Education (Scotland) Act, 1942
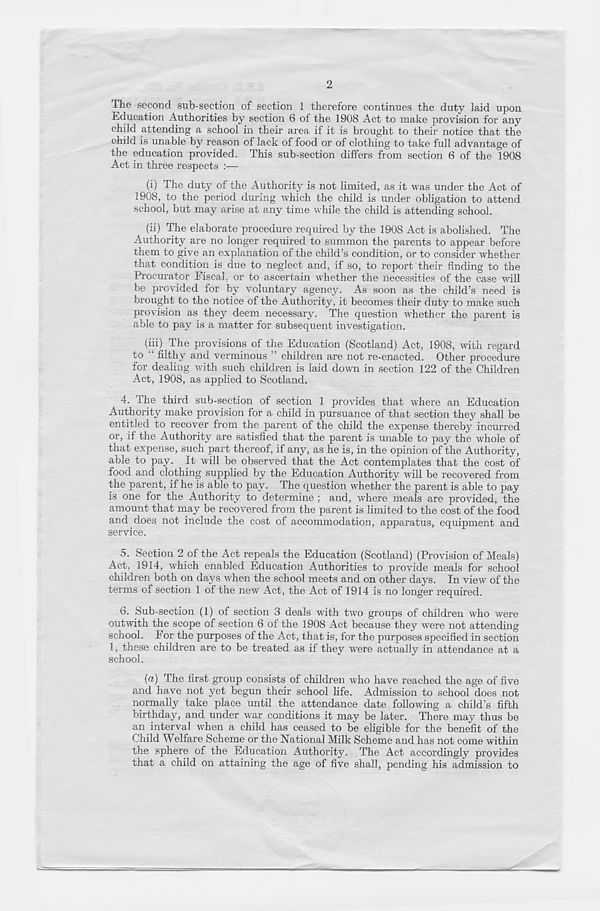
2
The second sub-section of section 1 therefore continues the duty laid upon
Education Authorities by section 6 of the 1908 Act to make provision for any
child attending a school in their area if it is brought to their notice that the
child is unable by reason of lack of food or of clothing to take full advantage of
the education provided. This sub-section differs from section 6 of the 1908
Act in three respects :—
(i) The duty of the Authority is not limited, as it was under the Act of
1908, to the period during which the child is under obligation to attend
school, but may arise at any time while the child is attending school.
(ii) The elaborate procedure required by the 1908 Act is abolished. The
Authority are no longer required to summon the parents to appear before
them to give an explanation of the child’s condition, or to consider whether
that condition is due to neglect and, if so, to report their finding to the
Procurator Fiscal, or to ascertain whether the necessities of the case will
be provided for by voluntary agency. As soon as the child’s need is
brought to the notice of the Authority, it becomes their duty to make such
provision as they deem necessary. The question whether the parent is
able to pay is a matter for subsequent investigation.
(iii) The provisions of the Education (Scotland) Act, 1908, with regard
to filthy ana verminous ” children are not re-enacted. Other procedure
for dealing with such children is laid down in section 122 of the Children
Act, 1908, as applied to Scotland.
4. The third sub-section of section 1 provides that where an Education
Authority make provision for a child in pursuance of that section they shall be
entitled to recover from the parent of the child the expense thereby incurred
or, if the Authority are satisfied that the parent is unable to pay the whole of
that expense, such part thereof, if any, as he is, in the opinion of the Authority,
able to pay. It will be observed that the Act contemplates that the cost of
food and clothing supplied by the Education Authority will be recovered from
the parent, if he is able to pay. The question whether the parent is able to pay
is one for the Authority to determine ; and, where meals are provided, the
amount that may be recovered from the parent is limited to the cost of the food
and does not include the cost of accommodation, apparatus, equipment and
service.
5. Section 2 of the Act repeals the Education (Scotland) (Provision of Meals)
Act, 1914, which enabled Education Authorities to provide meals for school
children both on days when the school meets and on other days. In view of the
terms of section 1 of the new Act, the Act of 1914 is no longer required.
6. Sub-section (1) of section 3 deals with two groups of children who were
outwith the scope of section 6 of the 1908 Act because they were not attending
school. For the purposes of the Act, that is, for the purposes specified in section
1, these children are to be treated as if they were actually in attendance at a
school.
{a) The first group consists of children who have reached the age of five
and have not yet begun their school life. Admission to school does not
normally take place until the attendance date following a child’s fifth
birthday, and under war conditions it may be later. There may thus be
an interval when a child has ceased to be eligible for the benefit of the
Child Welfare Scheme or the National Milk Scheme and has not come within
the sphere of the Education Authority. The Act accordingly provides
that a child on attaining the age of five shall, pending his admission to